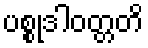
ပစ္စုဒါဝတ္တတိ